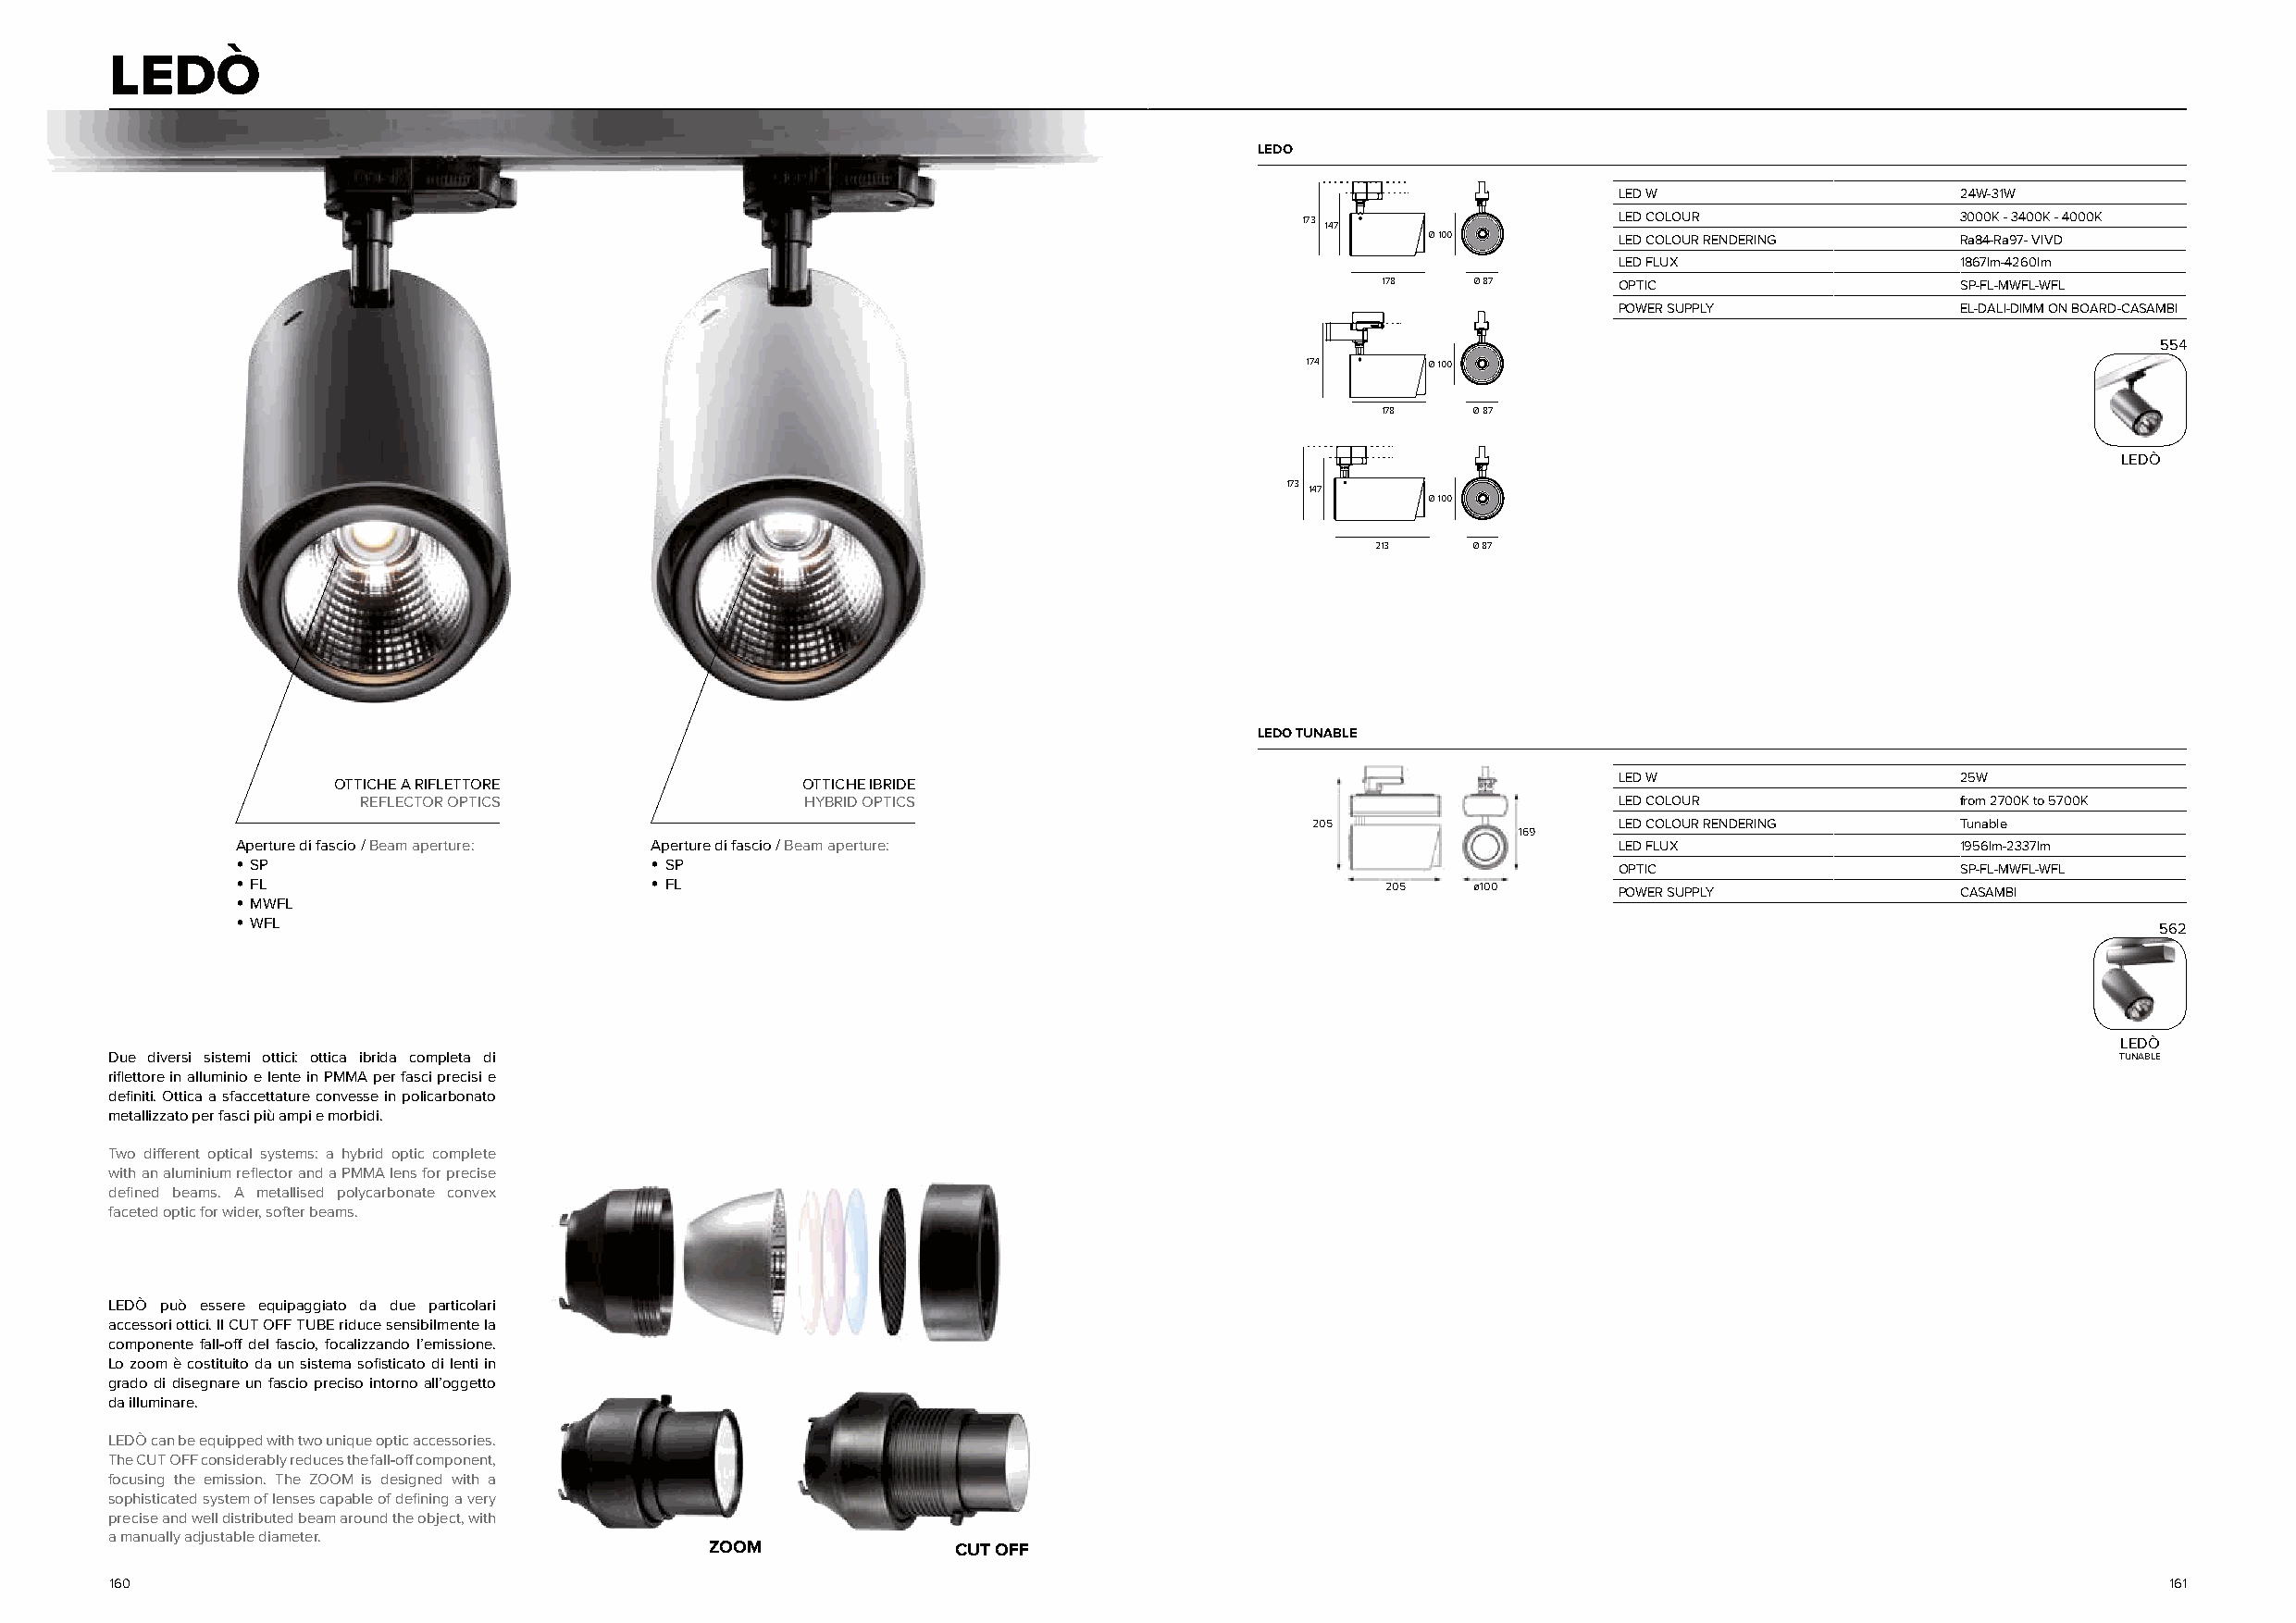
LEDÒ
 LEDO
 LED W                   24W-31W
 173 147                LED COLOUR              3000K - 3400K - 4000K
 Ø 100         LED COLOUR RENDERING    Ra84-Ra97- VIVD
 LED FLUX                1867lm-4260lm
 178   Ø 87       OPTIC                   SP-FL-MWFL-WFL
 POWER SUPPLY            EL-DALI-DIMM ON BOARD-CASAMBI
 554
 174      Ø 100
 178   Ø 87
 LEDÒ
 173 147
 Ø 100
 213    Ø 87
 LEDO TUNABLE
 LED W                   25W
 OTTICHE A RIFLETTORE             OTTICHE IBRIDE
 REFLECTOR OPTICS                HYBRID OPTICS                                             LED COLOUR              from 2700K to 5700K
 205                   LED COLOUR RENDERING    Tunable
 169
 Aperture di fascio / Beam aperture: Aperture di fascio / Beam aperture:                            LED FLUX                1956lm-2337lm
 • SP                          • SP                                                                 OPTIC                   SP-FL-MWFL-WFL
 • • F ML WFL                  • FL                                                205   ø100       POWER SUPPLY            CASAMBI
 • WFL                                                                                                                                    562
 LEDÒ
 Due diversi sistemi ottici: ottica ibrida completa di                                                                                           TUNABLE
 riflettore in alluminio e lente in PMMA per fasci precisi e
 definiti. Ottica a sfaccettature convesse in policarbonato
 metallizzato per fasci più ampi e morbidi.
 Two different optical systems: a hybrid optic complete
 with an aluminium reflector and a PMMA lens for precise
 defined beams. A metallised polycarbonate convex
 faceted optic for wider, softer beams.
 LEDÒ può essere equipaggiato da due particolari
 accessori ottici. Il CUT OFF TUBE riduce sensibilmente la
 componente fall-off del fascio, focalizzando l’emissione.
 Lo zoom è costituito da un sistema sofisticato di lenti in
 grado di disegnare un fascio preciso intorno all’oggetto
 da illuminare.
 LEDÒ can be equipped with two unique optic accessories.
 The CUT OFF considerably reduces the fall-off component,
 focusing the emission. The ZOOM is designed with a
 sophisticated system of lenses capable of defining a very
 precise and well distributed beam around the object, with
 a manually adjustable diameter.
 ZOOM             CUT OFF
 160                                                                                                                                                161